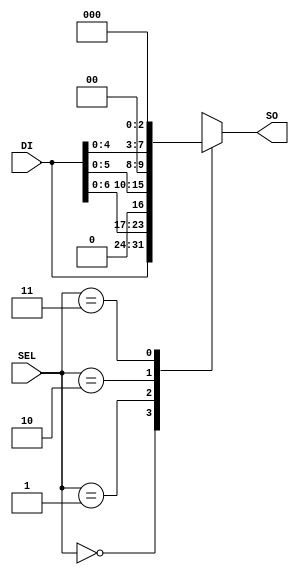
module LogicalShifter_One(  //Barrel Shifter
    input [7:0] DI,
    input [1:0] SEL,
    output [7:0] SO
    );
	 
	 reg [7:0] SO;
	 
	 always @ (DI or SO) begin
		case (SEL)
			2'b00: SO = DI;
			2'b01: SO = DI << 1;
			2'b10: SO = DI << 2;
			2'b11: SO = DI << 3;
		endcase
	 end
endmodule